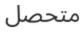
متحصل